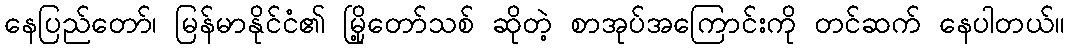
နေပြည်တော်၊ မြန်မာနိုင်ငံ၏ မြို့တော်သစ် ဆိုတဲ့ စာအုပ်အကြောင်းကို တင်ဆက် နေပါတယ်။